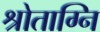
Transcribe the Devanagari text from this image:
श्रोताग्नि